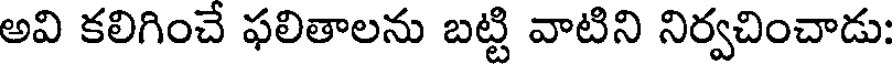
అవి కలిగించే ఫలితాలను బట్టి వాటిని నిర్వచించాడు: